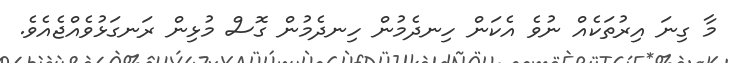
މާ ގިނަ އިރުތަކެއް ނުވެ އެކަން ހިނދެމުން ހިނދެމުން ގޮސް މުޅިން ރަނގަޅުވެއްޖެއެވެ.